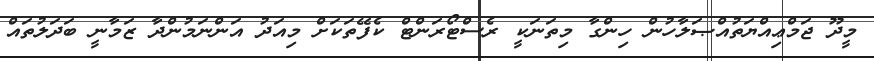
މީދޫ ޖަމްޢިއްޔަތުއްޞަލާހުން ހިންގާ މިތަނަކީ ރެސްޓޯރަންޓް ކެފޭތަކަށް މިއަދު އަންނަމުންދާ ޒަމާނީ ބަދަލުތައް